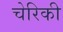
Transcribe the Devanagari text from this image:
चेरिकी